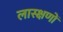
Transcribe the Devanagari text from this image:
लास्क्षणों